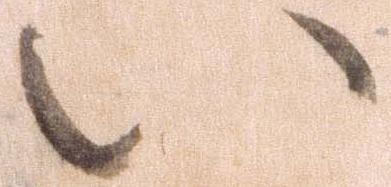
い